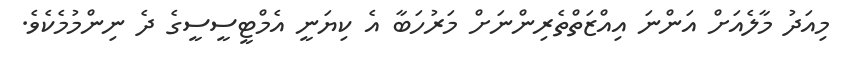
މިއަދު މާލެއަށް އަންނަ އިއްޒަތްތެރިންނަށް މަރުހަބާ އެ ކިޔަނީ އެމްޓީސީސީގެ ދެ ނިންމުމެކެވެ.